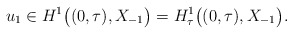
\begin{align*} u_{1} \in H^{1}\big((0, \tau), X_{-1}\big) = H^{1}_{\tau}\big((0, \tau), X_{-1}\big). \end{align*}